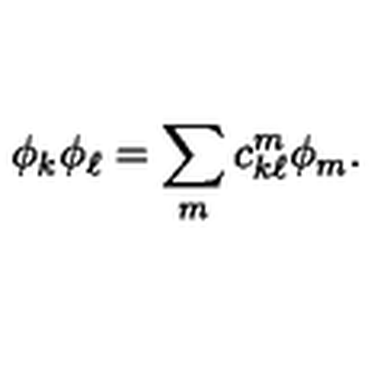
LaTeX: \phi _ { k } \phi _ { \ell } = \sum _ { m } c _ { k \ell } ^ { m } \phi _ { m } .